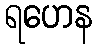
ရဟေန